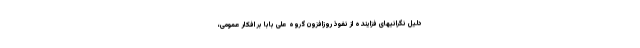
دلیل نگرانیهای فزاینده از نفوذ روزافزون گروه علی بابا بر افکار عمومی،